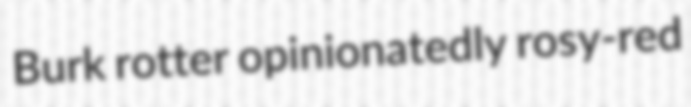
Burk rotter opinionatedly rosy-red